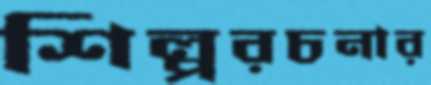
শিল্পরচনার